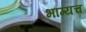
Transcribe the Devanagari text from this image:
भाग्यच